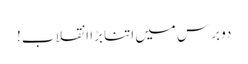
دو برس میں اتنا بڑا انقلاب!